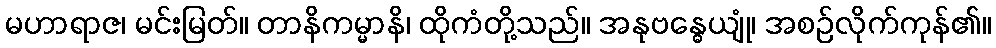
မဟာရာဇ၊ မင်းမြတ်။ တာနိကမ္မာနိ၊ ထိုကံတို့သည်။ အနုဗန္ဓေယျုံ၊ အစဉ်လိုက်ကုန်၏။